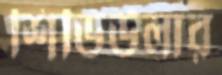
শিডিউলার